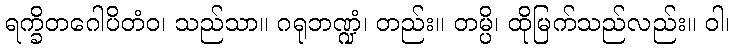
ရက္ခိတဂေါပိတံဝ၊ သည်သာ။ ဂရုဘဏ္ဍံ၊ တည်း။ တမ္ပိ၊ ထိုမြက်သည်လည်း။ ဝါ၊